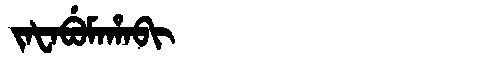
Manchu: ᠵᠠᡶᠠᠪᡠᠮᠠᡥᠠᠪᡳ
Romanization: JAFABUMAHABI